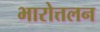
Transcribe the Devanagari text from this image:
भारोत्तलन